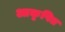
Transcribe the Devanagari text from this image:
आकृषित